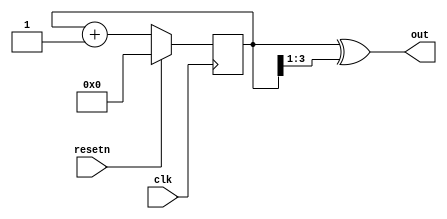
`timescale 1ns / 1ps


module gray_counter #(parameter data_width = 4)(
    input clk,
    input resetn,
    output [data_width-1:0] out);
    
    reg [data_width-1:0] temp;

always @(posedge clk) begin
  if (resetn)
    temp <= 4'b 0;
  else
    temp <= temp + 1'b 1;
    
end
assign out = temp ^ (temp >> 1);
endmodule